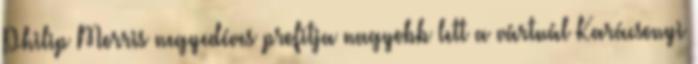
Philip Morris negyedéves profitja nagyobb lett a vártnál Karácsonyi